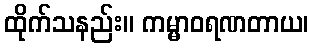
ထိုက်သနည်း။ ကမ္မာဝရဏတာယ၊